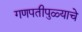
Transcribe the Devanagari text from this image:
गणपतीपुळ्याचे